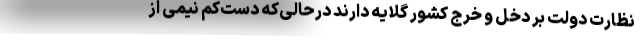
نظارت دولت بر دخل و خرج کشور گلایه دارند درحالی‌که دست‌کم نیمی از